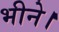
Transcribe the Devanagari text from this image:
भीने।